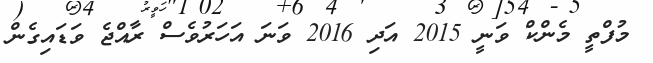
މުފްތީ މެންކް ވަނީ 2015 އަދި 2016 ވަނަ އަހަރުވެސް ރާއްޖެ ވަޑައިގެން